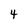
Character: 4